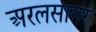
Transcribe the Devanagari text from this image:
अरलसागर